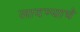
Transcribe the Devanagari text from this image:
लादण्याचे